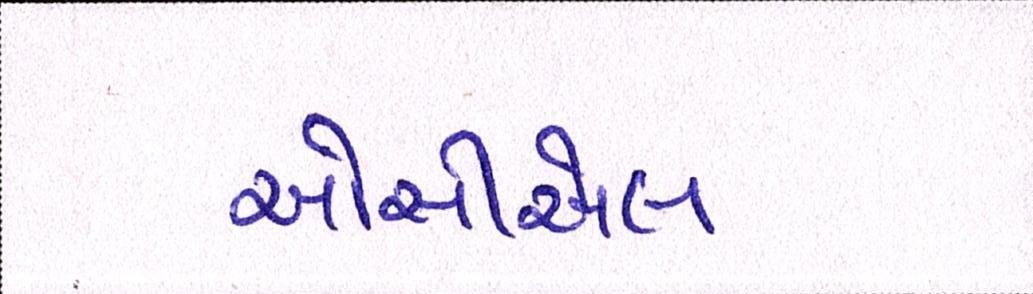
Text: ઓસીએલ